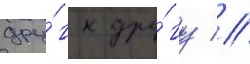
дру́г к дру́гу //